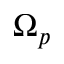
\Omega _ { p }